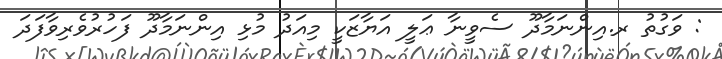
: ވަގުތު ރ.އިންނަމާދޫ ސެވީނާ ޢަލީ އަޔާޒަކީ މިއަދު މުޅި އިންނަމާދޫ ފަހުރުވެރިވާފަދަ